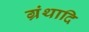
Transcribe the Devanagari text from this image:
ग्रंथादि